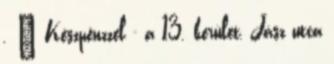
. » Készpénzzel - a 13. kerület, Jász utca